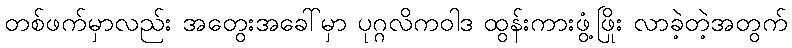
တစ်ဖက်မှာလည်း အတွေးအခေါ်မှာ ပုဂ္ဂလိကဝါဒ ထွန်းကားဖွံ့ဖြိုး လာခဲ့တဲ့အတွက်